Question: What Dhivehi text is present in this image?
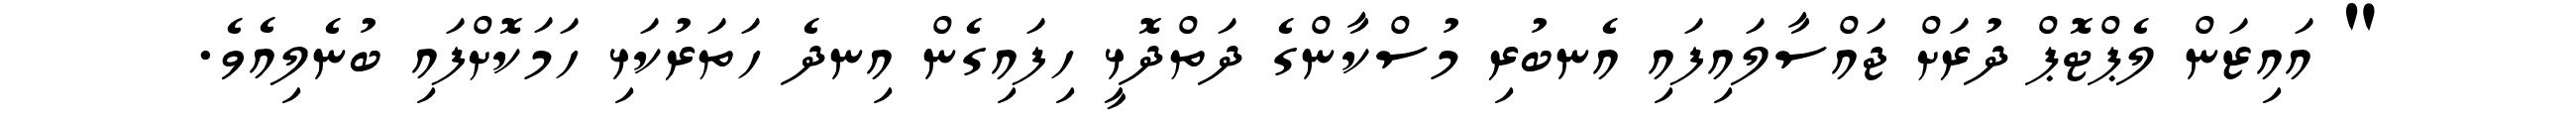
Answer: " އައިޒަން ލެޕްޓޮޕް ދުރަށް ޖައްސާލައިފައި އެނބުރި މުސްކާންގެ ދަތްދޮޅީ ހިފައިގެން އިނދެ ހަތަރުކަޅި ހަމަކޮށްފައި ބުނެލިއެވެ.